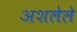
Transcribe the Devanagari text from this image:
अशलेले